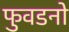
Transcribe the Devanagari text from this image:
फुवडनो